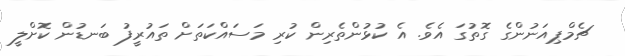
ޗެމްޕިއަނުންގެ ގޮތުގަ އެވެ. އެ ކުޅުންތެރިން ކުރި މަސައްކަތަށް ތައުރީފު ބަނޑުން ކޮށްލީ